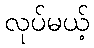
လုပ်မယ့်